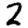
Digit: 2